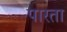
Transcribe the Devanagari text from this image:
पारता